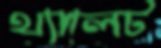
থ্যালেট